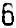
6